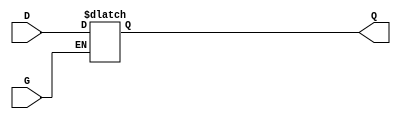
module GatedTransparentLatch (
    input wire D,      // Data input
    input wire G,      // Enable signal
    output reg Q       // Output
);

// Always block to implement latch behavior
always @ (G or D) begin
    if (G) begin
        // When G is high, output follows the data input
        Q <= D;
    end
    // When G is low, output retains the last value
    // No need to specify Q in this case, it will hold the last value
end

endmodule